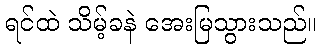
ရင်ထဲ သိမ့်ခနဲ အေးမြသွားသည်။